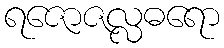
ရဇောဇလ္လဓရော